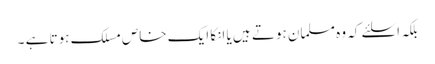
بلکہ اسلئے کہ وہ مسلمان ہوتے ہیں یا انکا ایک خاص مسلک ہوتا ہے ۔